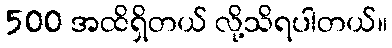
500 အထိရှိတယ် လို့သိရပါတယ်။